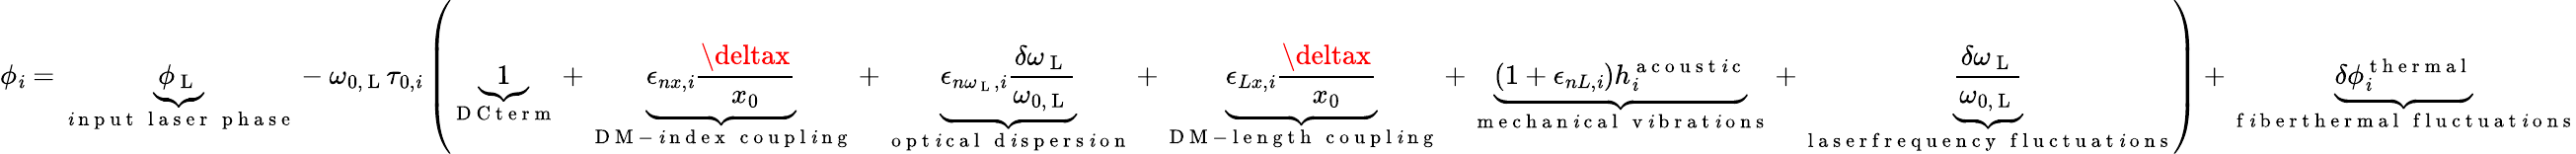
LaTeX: \phi_{\mathit{i}}=\underbrace{{\phi_{\mathrm{{~L~}}}}}_{\substack{\mathrm{{~\mathit{i}~n~p~u~t~}}\, \mathrm{{~l~a~s~e~r~}}\, \mathrm{{~p~h~a~s~e~}}}}-\omega_{0,\mathrm{{~L~}}}\tau_{0,\mathit{i}}\left(\underbrace{{1}}_{\mathrm{{~D~C~t~e~r~m~}}}+\underbrace{{\epsilon_{nx,\mathit{i}}\frac{{\deltax}}{{x_{0}}}}}_{\substack{\mathrm{{~D~M~-~\mathit{i}~n~d~e~x~}}\, \mathrm{{~c~o~u~p~l~\mathit{i}~n~g~}}}}+\underbrace{{\epsilon_{n\omega_{\mathrm{{~L~}}},\mathit{i}}\frac{{\delta\omega_{\mathrm{{~L~}}}}}{{\omega_{0,\mathrm{{~L~}}}}}}}_{\substack{\mathrm{{~o~p~t~\mathit{i}~c~a~l~}}\, \mathrm{{~d~\mathit{i}~s~p~e~r~s~\mathit{i}~o~n~}}}}+\underbrace{{\epsilon_{Lx,\mathit{i}}\frac{{\deltax}}{{x_{0}}}}}_{\substack{\mathrm{{~D~M~-~l~e~n~g~t~h~}}\, \mathrm{{~c~o~u~p~l~\mathit{i}~n~g~}}}}+\underbrace{{\left(1+\epsilon_{nL,\mathit{i}}\right)h_{\mathit{i}}^{\mathrm{{~a~c~o~u~s~t~\mathit{i}~c~}}}}}_{\substack{\mathrm{{~m~e~c~h~a~n~\mathit{i}~c~a~l~}}\, \mathrm{{~v~\mathit{i}~b~r~a~t~\mathit{i}~o~n~s~}}}}+\underbrace{{\frac{{\delta\omega_{\mathrm{{~L~}}}}}{{\omega_{0,\mathrm{{~L~}}}}}}}_{\substack{\mathrm{{~l~a~s~e~r~f~r~e~q~u~e~n~c~y~}}\, \mathrm{{~f~l~u~c~t~u~a~t~\mathit{i}~o~n~s~}}}}\right)+\underbrace{{\delta\phi_{\mathit{i}}^{\mathrm{{~t~h~e~r~m~a~l~}}}}}_{\substack{\mathrm{{~f~\mathit{i}~b~e~r~t~h~e~r~m~a~l~}}\, \mathrm{{~f~l~u~c~t~u~a~t~\mathit{i}~o~n~s~}}}}